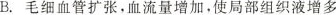
B.毛细血管扩张，血流量增加，使局部组织液增多